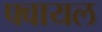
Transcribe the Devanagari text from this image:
फ्वायल